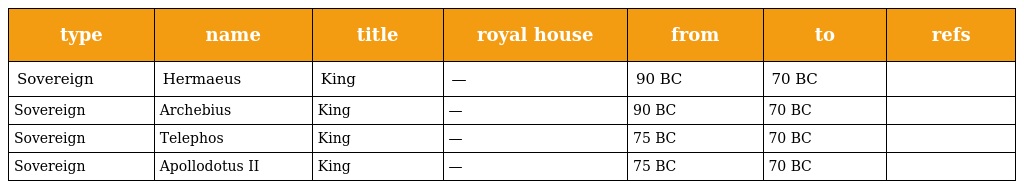
| type | name | title | royal house | from | to | refs |
 | --- | --- | --- | --- | --- | --- | --- |
 | Sovereign | Hermaeus | King | — | 90 BC | 70 BC |  |
 | Sovereign | Archebius | King | — | 90 BC | 70 BC |  |
 | Sovereign | Telephos | King | — | 75 BC | 70 BC |  |
 | Sovereign | Apollodotus II | King | — | 75 BC | 70 BC |  |